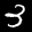
Label: 3